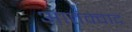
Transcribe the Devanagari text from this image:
आतंक्वाद